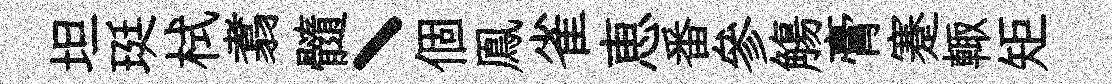
坦珽栻翥髓丶個鳯雀恵番參觴膏蹇輙矩